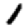
Digit: 1